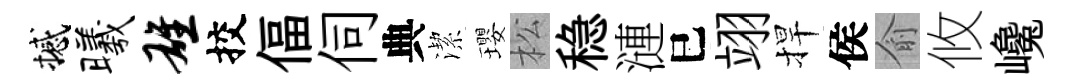
撼曦雄挍偪伺典潔瓔松稳漣巳翊捍侯俞攸巉